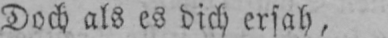
Doch als es dich ersah,